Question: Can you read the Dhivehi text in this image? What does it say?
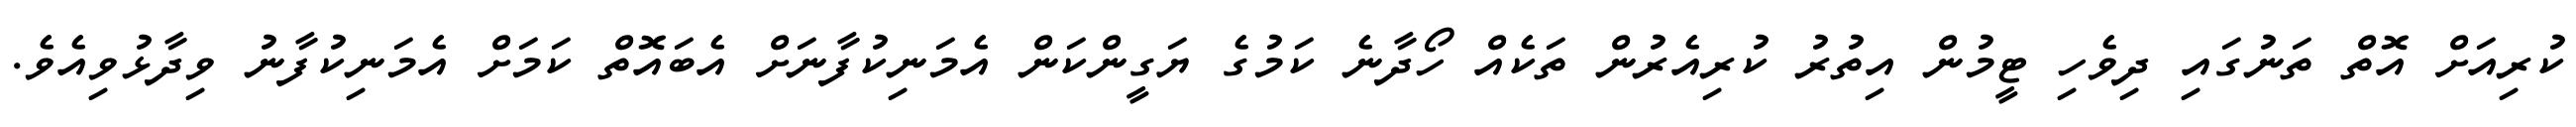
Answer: ކުރިއަށް އޮތް ތަނުގައި ދިވެހި ޓީމުން އިތުރު ކުރިއެރުން ތަކެއް ހޯދާނެ ކަމުގެ ޔަގީންކަން އެމަނިކުފާނަށް އެބައޮތް ކަމަށް އެމަނިކުފާނު ވިދާޅުވިއެވެ.